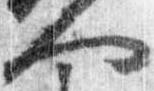
人